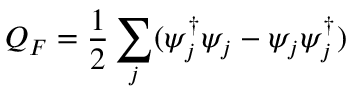
Q _ { F } = \frac { 1 } { 2 } \sum _ { j } ( \psi _ { j } ^ { \dagger } \psi _ { j } - \psi _ { j } \psi _ { j } ^ { \dagger } )